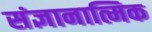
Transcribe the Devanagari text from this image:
संज्ञानात्मिक